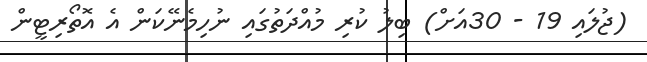
(ޖުލައި 19 - 30އަށް) ބިލު ކުރި މުއްދަތުގައި ނުހިމެނޭކަން އެ އޮތޯރިޓީން